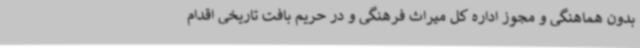
بدون هماهنگی و مجوز اداره کل میراث فرهنگی و در حریم بافت تاریخی اقدام